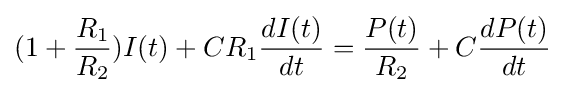
(1+{R_{1} \over R_{2}})I(t)+CR_{1}{dI(t) \over dt}={P(t) \over R_{2}}+C{dP(t) \over dt}